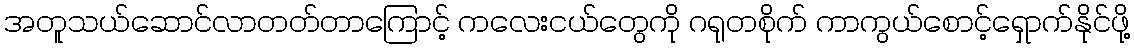
အတူသယ်ဆောင်လာတတ်တာကြောင့် ကလေးငယ်တွေကို ဂရုတစိုက် ကာကွယ်စောင့်ရှောက်နိုင်ဖို့